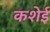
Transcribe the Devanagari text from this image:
कशेई